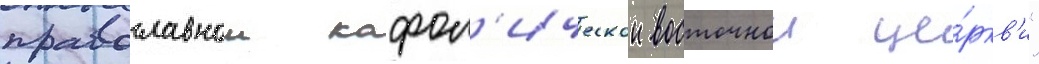
православнои кафол'ическои восточнои це́ркв'и"